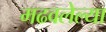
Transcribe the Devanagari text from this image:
मढवलेल्या